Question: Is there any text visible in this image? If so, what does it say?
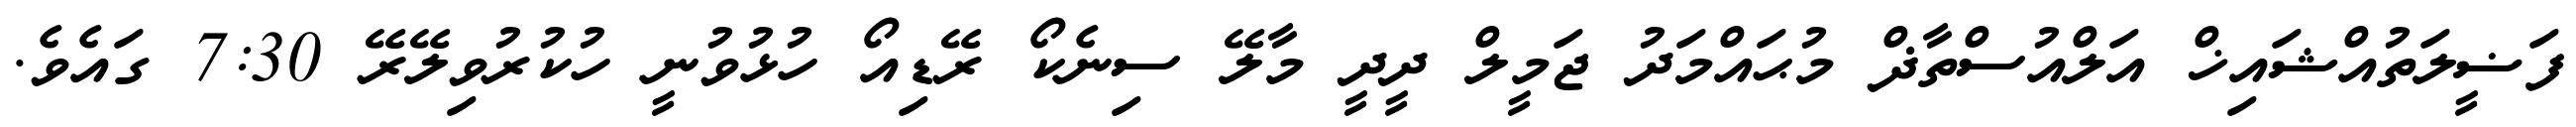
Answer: ފަޟީލަތުއްޝައިޚް އަލްއުސްތާޛް މުޙައްމަދު ޖަމީލް ދީދީ މާލޭ ސިނެކޯ ރޭޑިއޯ ހުޅުވުނީ ހުކުރުވިލޭރޭ 7:30 ގައެވެ.